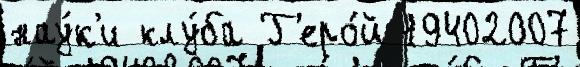
нау́к'и клу́ба Г'еро́й 19402007